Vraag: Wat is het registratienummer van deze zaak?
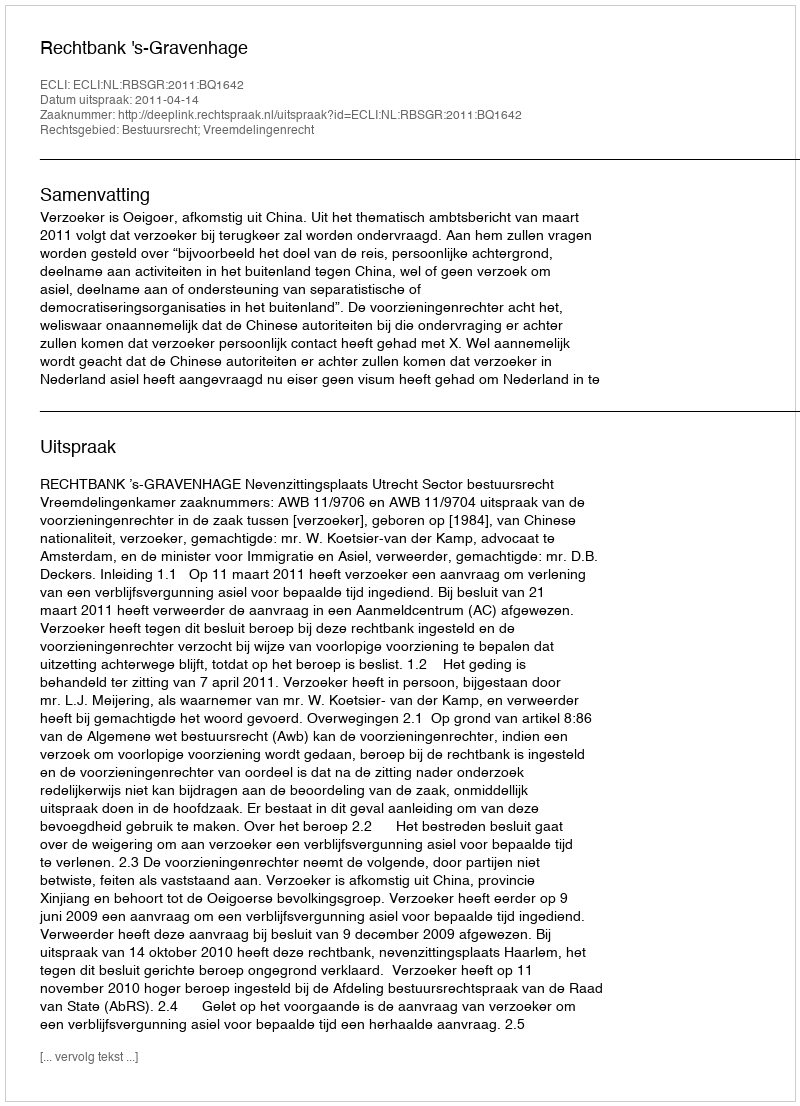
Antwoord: http://deeplink.rechtspraak.nl/uitspraak?id=ECLI:NL:RBSGR:2011:BQ1642